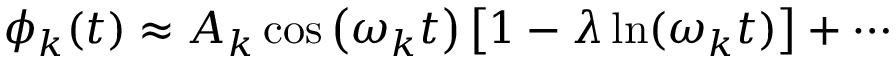
\phi _ { k } ( t ) \approx A _ { k } \cos \left( \omega _ { k } t \right) \left[ 1 - \lambda \ln ( \omega _ { k } t ) \right] + \cdots